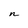
Character: n